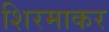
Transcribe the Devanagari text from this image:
शिरमाकर